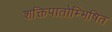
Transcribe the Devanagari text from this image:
शक्तिपातोम्भिषित